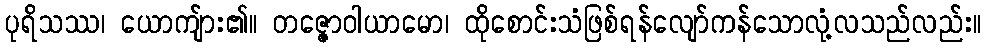
ပုရိသဿ၊ ယောကျ်ား၏။ တဇ္ဇောဝါယာမော၊ ထိုစောင်းသံဖြစ်ရန်လျော်ကန်သောလုံ့လသည်လည်း။